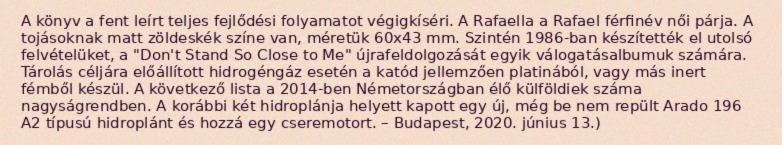
A könyv a fent leírt teljes fejlődési folyamatot végigkíséri. A Rafaella a Rafael férfinév női párja. A tojásoknak matt zöldeskék színe van, méretük 60x43 mm. Szintén 1986-ban készítették el utolsó felvételüket, a "Don't Stand So Close to Me" újrafeldolgozását egyik válogatásalbumuk számára. Tárolás céljára előállított hidrogéngáz esetén a katód jellemzően platinából, vagy más inert fémből készül. A következő lista a 2014-ben Németországban élő külföldiek száma nagyságrendben. A korábbi két hidroplánja helyett kapott egy új, még be nem repült Arado 196 A2 típusú hidroplánt és hozzá egy cseremotort. – Budapest, 2020. június 13.)